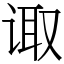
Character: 诹